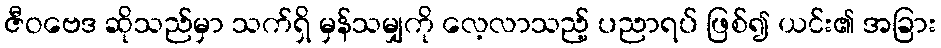
ဇီဝဗေဒ ဆိုသည်မှာ သက်ရှိ မှန်သမျှကို လေ့လာသည့် ပညာရပ် ဖြစ်၍ ယင်း၏ အခြား